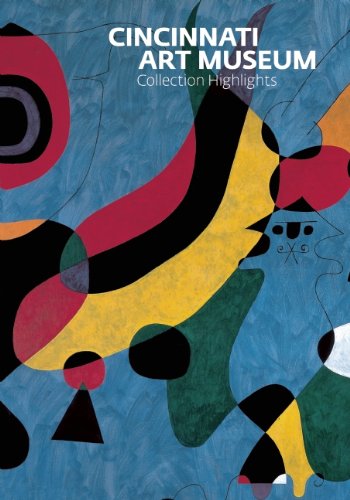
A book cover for Cincinnati Art Museum: Collection Highlights; Travel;